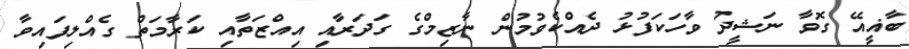
ބާޣީއޭ ގޮވާ ނަޝީދު ވާހަކަފުޅު ދެއްކެވުމުން ނާޒިމްގެ ގަދަރާއި އިއްޒަތާއި ކަރާމަތް ގެއްލިފައިވާ